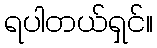
ရပါတယ်ရှင်။